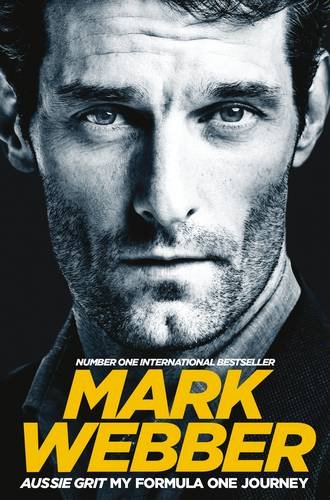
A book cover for Aussie Grit: My Formula One Journey; Mark Webber; Sports & Outdoors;